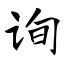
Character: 询